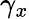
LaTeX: \gamma_{x}